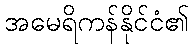
အမေရိကန်နိုင်ငံ၏